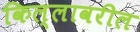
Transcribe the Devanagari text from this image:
किल्लावरील